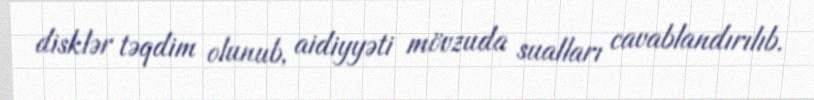
disklər təqdim olunub, aidiyyəti mövzuda sualları cavablandırılıb.